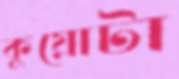
কুয়োটা